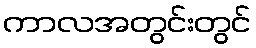
ကာလအတွင်းတွင်